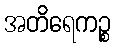
အတိရေကဉ္စ